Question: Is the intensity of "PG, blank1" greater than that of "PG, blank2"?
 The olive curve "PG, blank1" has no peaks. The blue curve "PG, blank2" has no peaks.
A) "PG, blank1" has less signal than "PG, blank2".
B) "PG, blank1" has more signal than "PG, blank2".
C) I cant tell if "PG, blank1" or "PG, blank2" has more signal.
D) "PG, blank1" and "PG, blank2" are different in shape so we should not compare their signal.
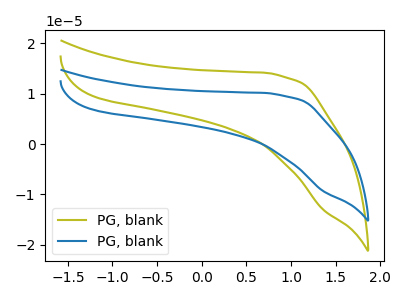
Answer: <think>Neither "PG, blank1" or "PG, blank2" have any peaks.
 </think>
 <answer>C) I cant tell if "PG, blank1" or "PG, blank2" has more signal.</answer>
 <eval>C</eval>